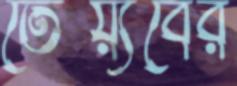
তৈয়্যবের